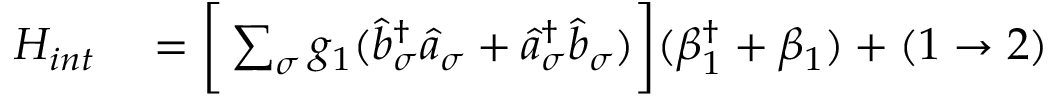
\begin{array} { r l } { H _ { i n t } } & { { } = \bigg [ \sum _ { \sigma } g _ { 1 } ( \hat { b } _ { \sigma } ^ { \dagger } \hat { a } _ { \sigma } + \hat { a } _ { \sigma } ^ { \dagger } \hat { b } _ { \sigma } ) \bigg ] ( \beta _ { 1 } ^ { \dagger } + \beta _ { 1 } ) + ( 1 \rightarrow 2 ) } \end{array}